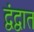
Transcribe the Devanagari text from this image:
द्वंद्वात